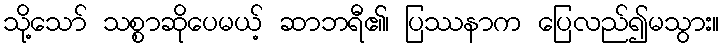
သို့သော် သစ္စာဆိုပေမယ့် ဆာဘရီ၏၊ ပြဿနာက ပြေလည်၍မသွား။